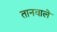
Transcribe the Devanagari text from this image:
तानवाले